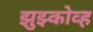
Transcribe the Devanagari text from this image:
झुझ्कोव्ह